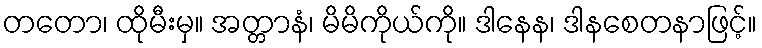
တတော၊ ထိုမီးမှ။ အတ္တာနံ၊ မိမိကိုယ်ကို။ ဒါနေန၊ ဒါနစေတနာဖြင့်။